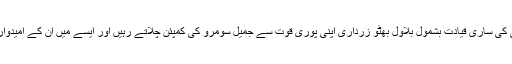
لیکن اس مرتبہ فرق یہ ہے کہ پیپلزپارٹی کی ساری قیادت بشمول بلاول بھٹو زرداری اپنی پوری قوت سے جمیل سومرو کی کمپئن چلاتے رہیں اور ایسے میں ان کے امیدوار کا ہار جانا سوالیہ نشان ضرور بنتا ہے۔